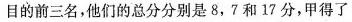
目的前三名，他们的总分分别是8，7和17分，甲得了